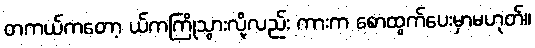
တကယ်ကတော့ ယ်ကကြိုသွားလို့လည်း ကားက စောထွက်ပေးမှာမဟုတ်။